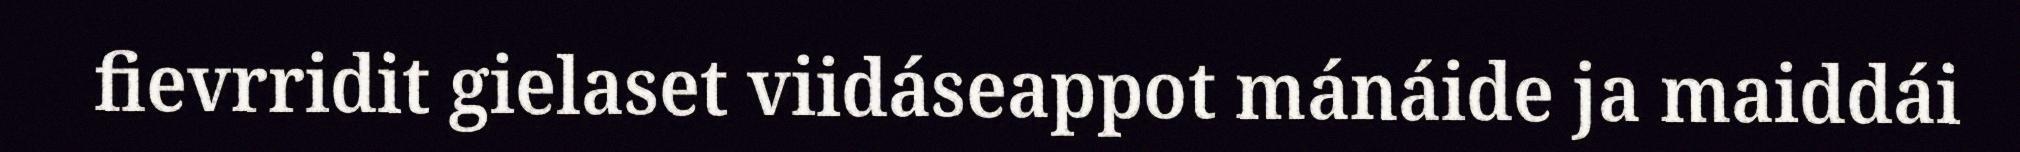
fievrridit gielaset viidáseappot mánáide ja maiddái